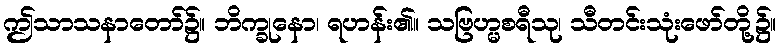
ဤသာသနာတော်၌။ ဘိက္ခုနော၊ ရဟန်း၏။ သဗြဟ္မစရီသု၊ သီတင်းသုံးဖော်တို့၌။